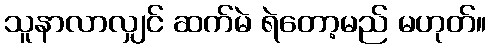
သူနာလာလျှင် ဆက်မဲ ရဲတော့မည် မဟုတ်။